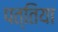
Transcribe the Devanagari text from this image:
पत्तिया